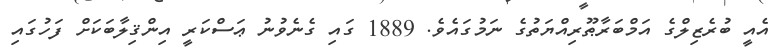
އެއީ ބުރެޒިލްގެ އަމްބަރާޠޫރިއްޔަތުގެ ނަމުގައެވެ. 1889 ގައި ގެނެވުނު ޢަސްކަރީ އިންޤިލާބަކަށް ފަހުގައި